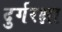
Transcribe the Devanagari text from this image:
दुर्गरक्षा